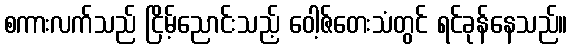
စကားလက်သည် ငြိမ့်ညောင်းသည့် ဝေါ့ဇ်တေးသံတွင် ရင်ခုန်နေသည်။